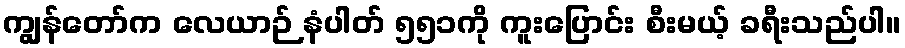
ကျွန်တော်က လေယာဉ် နံပါတ် ၅၅၁ကို ကူးပြောင်း စီးမယ့် ခရီးသည်ပါ။